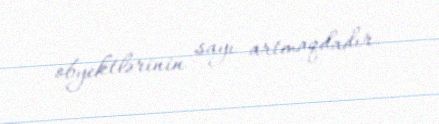
obyektlərinin sayı artmaqdadır.